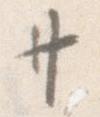
廿